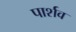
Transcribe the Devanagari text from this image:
पार्शव